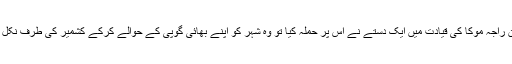
لیکن راجہ موکا کی قیادت میں ایک دستے نے اس پر حملہ کیا تو وہ شہر کو اپنے بھائی گوپی کے حوالے کرکے کشمیر کی طرف نکل گیا۔